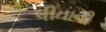
પીતાની